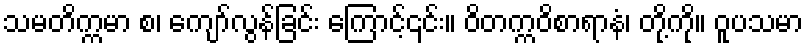
သမတိက္ကမာ စ၊ ကျော်လွန်ခြင်း ကြောင့်၎င်း။ ဝိတက္ကဝိစာရာနံ၊ တို့ကို။ ဝူပသမာ